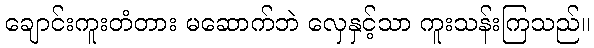
ချောင်းကူးတံတား မဆောက်ဘဲ လှေနှင့်သာ ကူးသန်းကြသည်။